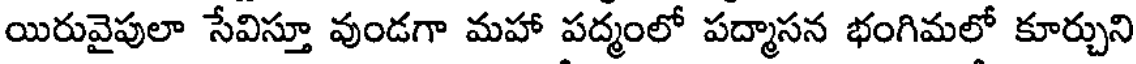
యిరువైపులా సేవిస్తూ వుండగా మహా పద్మంలో పద్మాసన భంగిమలో కూర్చుని